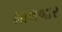
માલબાર